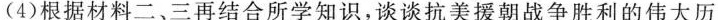
(4)根据材料二、三再结合所学知识，谈谈抗美援朝战争胜利的伟大历